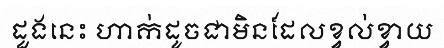
ដួងនេះ ហាក់ដូចជាមិនដែលខ្វល់ខ្វាយ